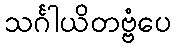
သင်္ဂါယိတဗ္ဗံပေ